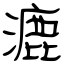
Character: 漉